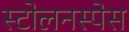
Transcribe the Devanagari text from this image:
स्टोलनस्पेस